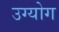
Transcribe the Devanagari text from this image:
उग्योग